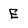
Character: E